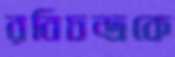
রবিচন্দ্রকে